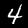
Digit: 4